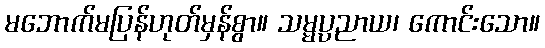
မဘောက်မပြန်ဟုတ်မှန်စွာ။ သမ္မပ္ပညာယ၊ ကောင်းသော။